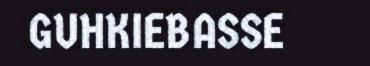
GUHKIEBASSE